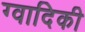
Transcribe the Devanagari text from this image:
ग्वादिकी